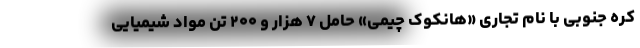
کره جنوبی با نام تجاری «هانکوک چیمی» حامل ۷ هزار و ۲۰۰ تن مواد شیمیایی